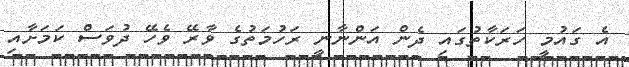
އެ ގައުމީ ހަރަކާތުގައި ދެން އަންނާނީ ރަހުމަތުގެ ވާރޭ ވެހޭ ދުވަސް ކަމަށާއި